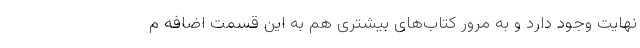
‌نهایت وجود دارد و به مرور کتاب‌های بیشتری هم به این قسمت اضافه م